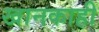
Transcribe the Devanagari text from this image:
खानकाही